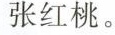
张红桃。